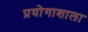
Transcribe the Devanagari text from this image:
प्रयोगाशाला